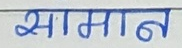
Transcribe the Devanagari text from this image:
सामान